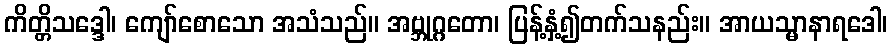
ကိတ္တိသဒ္ဒေါ၊ ကျော်စောသော အသံသည်။ အဗ္ဘုဂ္ဂတော၊ ပြန့်နှံ့၍တက်သနည်း။ အာယသ္မာနာရဒေါ၊